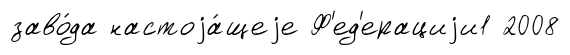
заво́да настоjа́щеjе Ф'ед'ерациjи1 2008